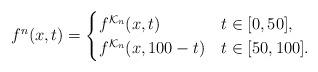
LaTeX: \begin{align*}f^n(x,t) = \begin{cases}f^{\mathcal{K}_n}(x,t) & t \in [0,50], \\f^{\mathcal{K}_n}(x,100-t) & t \in [50,100].\end{cases}\end{align*}